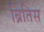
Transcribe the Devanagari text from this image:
ब्रितिस